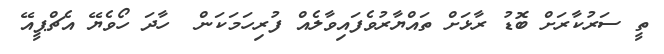
ތީ ސަރުކާރަށް ބޮޑު ރާޅަށް ތައްޔާރުވެފައިވާލެއް ފުރިހަމަކަން  ހާދަ ހޯވެޔޭ އެޗްޕީއޭ